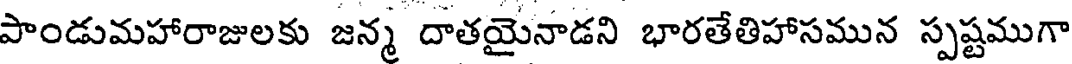
పాండుమహారాజులకు జన్మ దాతయైనాడని భారతేతిహాసమున స్పష్టముగా